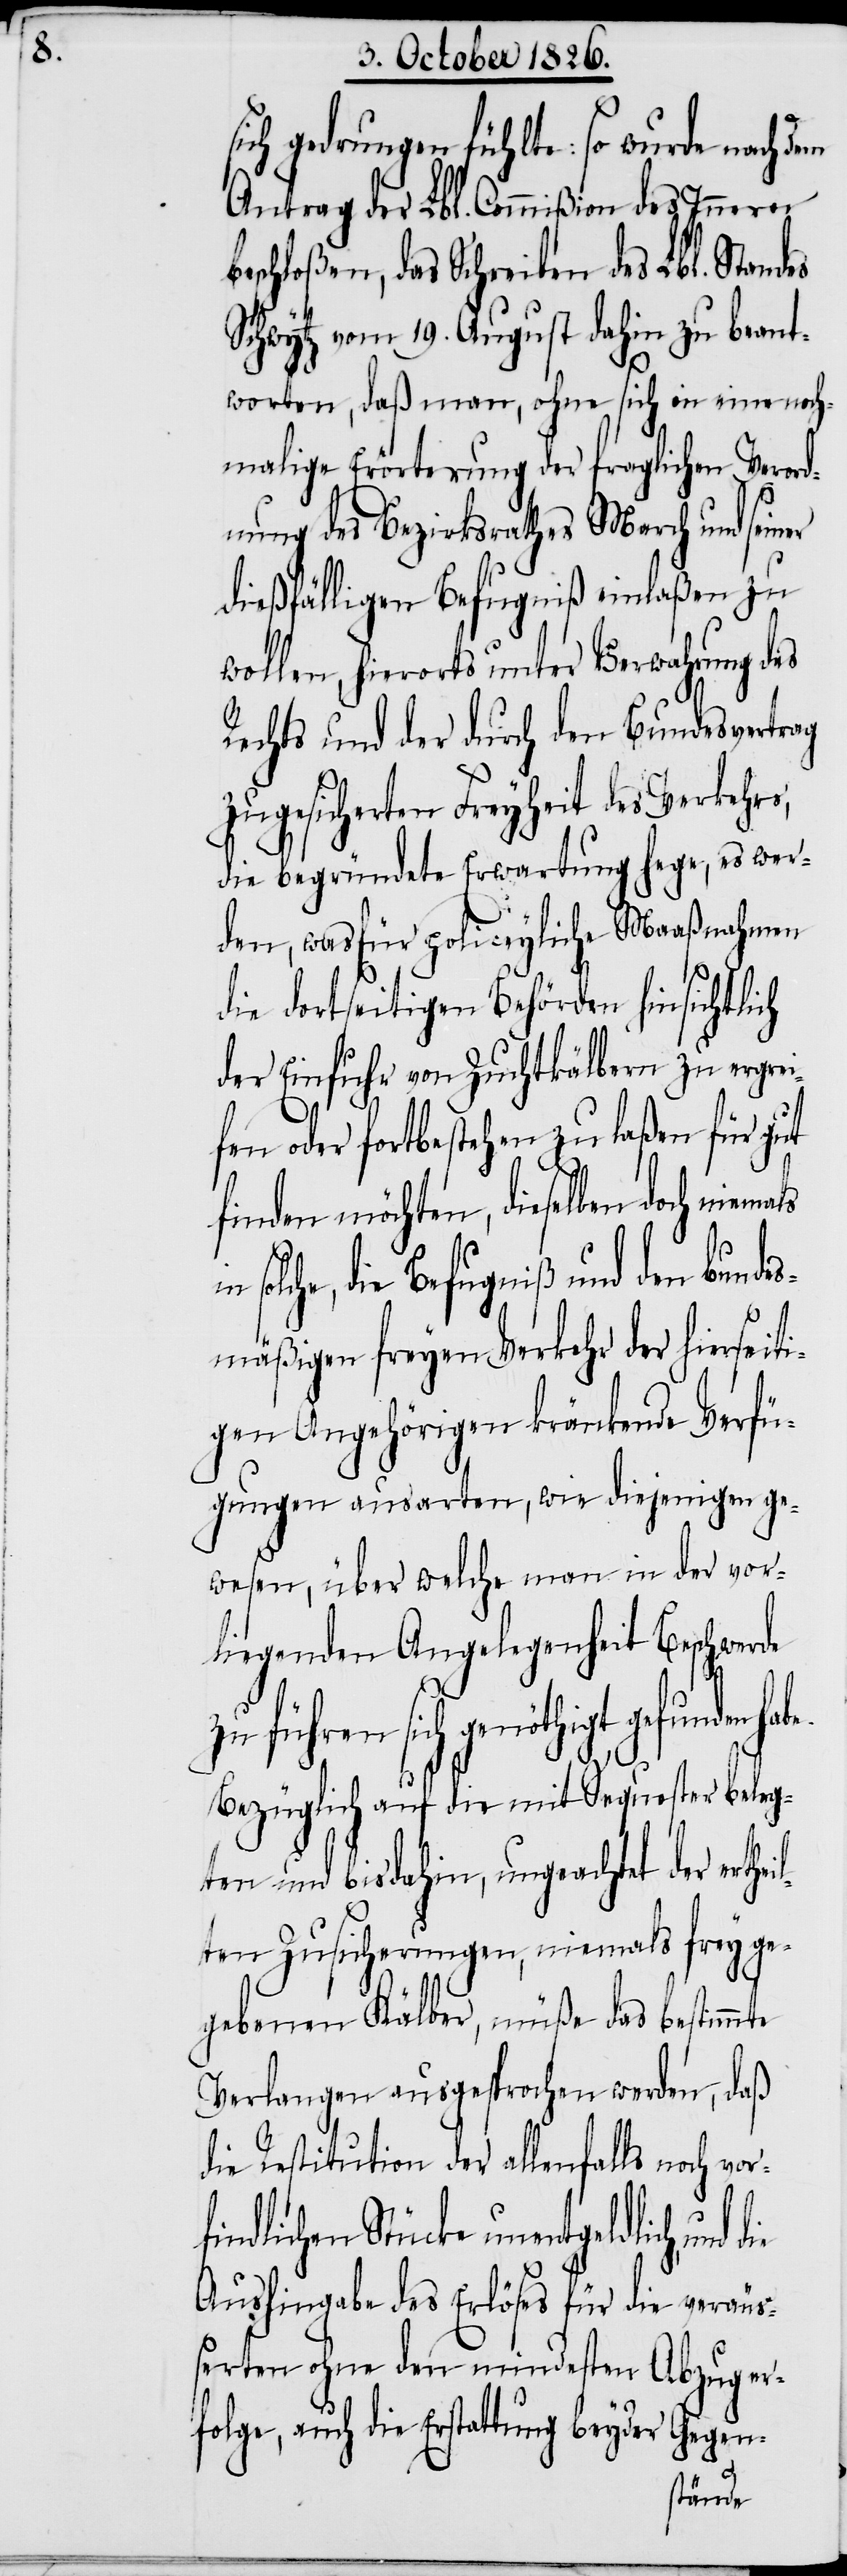
e.

sich gedrungen fühlte: so wurde nach dem
Antrag der Lbl. Commißion des Innern
beschloßen, das Schreiben des Lbl. Standes
Schwytz vom 19. August dahin zu beant¬
worten, daß man, ohne sich in eine noch¬
malige Erörterung der fraglichen Verord¬
nung des Bezirksrathes March und seiner
dießfälligen Befugniß einlaßen zu
wollen, hierorts unter Verwahrung des
Rechts und der durch den Bundesvertrag
zugesicherten Freyheit des Verkehrs,
die begründete Erwartung hege, es wer¬
den, was für policeyliche Maaßnahmen
die dortseitigen Behörden hinsichtlich
der Einfuhr von Zuchtkälbern zu ergrei¬
fen oder fortbestehen zu laßen für gut
finden möchten, dieselben doch niemals
solche, die Befugniß und den bunde¬
smäßigen freyen Verkehr der hierseiti¬
gen Angehörigen kränkende Verfü¬
gungen ausarten, wie diejenigen ge¬
wesen, über welche man in der vor¬
liegenden Angelegenheit Beschwerde
zu führen sich genöthigt gefunden hab¬
Bezüglich auf die mit Sequester beleg¬
ten und bisdahin, ungeachtet der erthei¬
lten Zusicherungen, niemals frey ge¬
gebenen Kälber, müße das bestimmte
Verlangen ausgesprochen werden, daß
die Restitution der allenfalls noch vor¬
findlichen Stücke unentgeldlich, und
Aushingabe des Erlöses für die veräuß¬
erten ohne den mindesten Abzug er¬
folge, auch die Erstattung beyder Gegen-